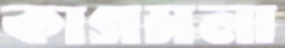
কাগমলা